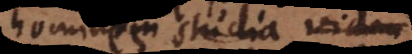
hominum studia viden